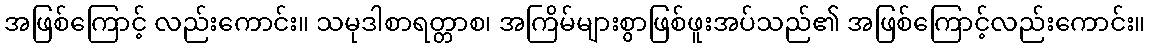
အဖြစ်ကြောင့် လည်းကောင်း။ သမုဒါစာရတ္တာစ၊ အကြိမ်များစွာဖြစ်ဖူးအပ်သည်၏ အဖြစ်ကြောင့်လည်းကောင်း။